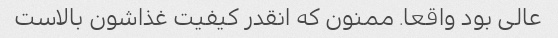
عالی بود واقعا. ممنون که انقدر کیفیت غذاشون بالاست